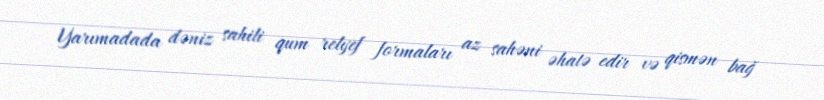
Yarımadada dəniz sahili qum relyef formaları az sahəni əhatə edir və qismən bağ